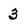
Character: 3